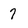
Character: 7